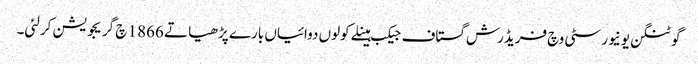
گوٹنگن یونیورسٹی وچ فریڈرش گستاف جیکب ہینلے کولوں دوائیاں بارے پڑھیا تے 1866 چ گریجویشن کرلئی۔